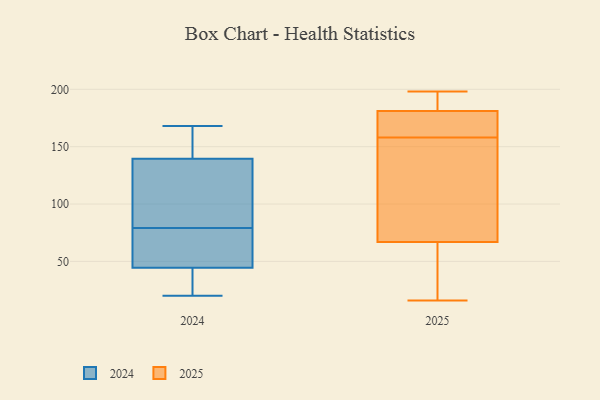
{"axis": {"x": "Page Views", "y": "Value"}, "legend": ["2024", "2025"], "data": [{"x": "", "y": 49, "type": "2024"}, {"x": "", "y": 168, "type": "2024"}, {"x": "", "y": 20, "type": "2024"}, {"x": "", "y": 112, "type": "2024"}, {"x": "", "y": 129, "type": "2024"}, {"x": "", "y": 165, "type": "2024"}, {"x": "", "y": 165, "type": "2024"}, {"x": "", "y": 73, "type": "2024"}, {"x": "", "y": 47, "type": "2024"}, {"x": "", "y": 85, "type": "2024"}, {"x": "", "y": 114, "type": "2024"}, {"x": "", "y": 29, "type": "2024"}, {"x": "", "y": 38, "type": "2024"}, {"x": "", "y": 51, "type": "2024"}, {"x": "", "y": 150, "type": "2024"}, {"x": "", "y": 42, "type": "2024"}, {"x": "", "y": 181, "type": "2025"}, {"x": "", "y": 39, "type": "2025"}, {"x": "", "y": 39, "type": "2025"}, {"x": "", "y": 129, "type": "2025"}, {"x": "", "y": 198, "type": "2025"}, {"x": "", "y": 181, "type": "2025"}, {"x": "", "y": 164, "type": "2025"}, {"x": "", "y": 190, "type": "2025"}, {"x": "", "y": 96, "type": "2025"}, {"x": "", "y": 152, "type": "2025"}, {"x": "", "y": 16, "type": "2025"}, {"x": "", "y": 185, "type": "2025"}, {"x": "", "y": 181, "type": "2025"}, {"x": "", "y": 41, "type": "2025"}, {"x": "", "y": 164, "type": "2025"}, {"x": "", "y": 93, "type": "2025"}]}